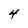
Character: 4